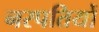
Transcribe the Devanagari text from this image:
नरपतियों